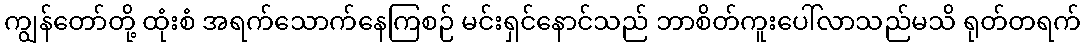
ကျွန်တော်တို့ ထုံးစံ အရက်သောက်နေကြစဉ် မင်းရှင်နောင်သည် ဘာစိတ်ကူးပေါ်လာသည်မသိ ရုတ်တရက်